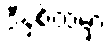
ဒီနှစ်ထဲမှာ